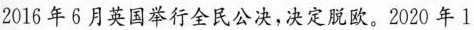
2016年6月英国举行全民公决，决定脱欧。2020年l